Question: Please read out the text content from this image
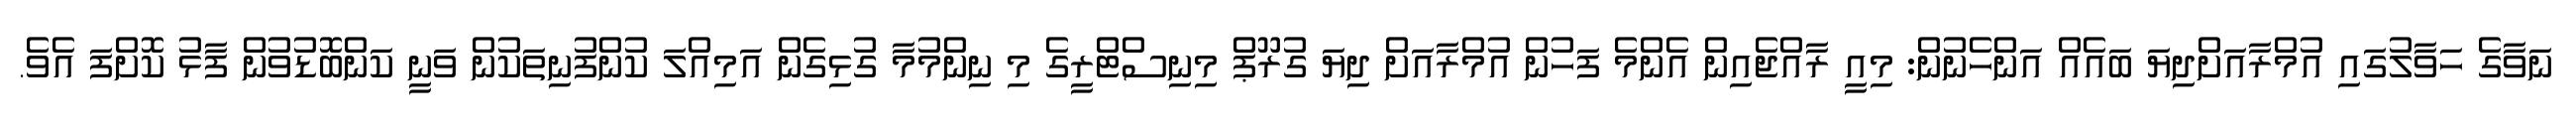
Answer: ނަވާގެ ހަވާލުގައި އުމްރާއަށްދިޔަ ބައެއް އަންހެނުން: މިއީ ރާއްޖެއިން އެންމެ ފަހުން އުމްރާއަށް ދިޔަ ގުރޫޕް މިނިސްޓްރީގެ މި ނިންމުމާ ގުޅިގެން އަމިއްލަ ކުންފުނިތަކުން ވަނީ ކަންބޮޑުވުން ފާޅު ކޮށްފަ އެވެ.